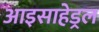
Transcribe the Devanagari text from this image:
आइसाहेड्रल